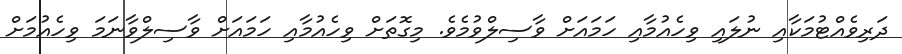
ދަރިވެއްޓުމަކާއި ނުލައި ވިހެއުމާއި ހަމައަށް ވާސިލްވުމެވެ. މިގޮތަށް ވިހެއުމާއި ހަމައަށް ވާސިލްވާނަމަ ވިހެއުމަށް